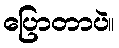
ပြောတာပဲ။